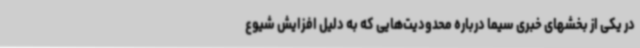
در یکی از بخشهای خبری سیما درباره محدودیت‌هایی که به دلیل افزایش شیوع